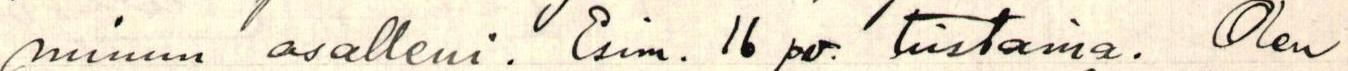
minun osalleni. Esim. 16 pv. tiistaina. Olen